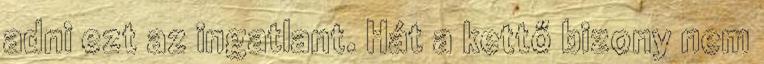
adni ezt az ingatlant. Hát a kettő bizony nem